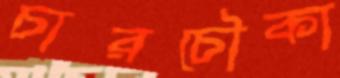
চারচৌকা